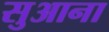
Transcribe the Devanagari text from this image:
सुआना